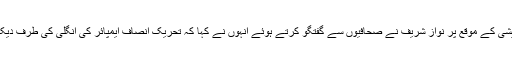
احتساب عدالت میں پیشی کے موقع پر نواز شریف نے صحافیوں سے گفتگو کرتے ہوئے انہوں نے کہا کہ تحریک انصاف ایمپائر کی انگلی کی طرف دیکھنے والی پارٹی ہے۔